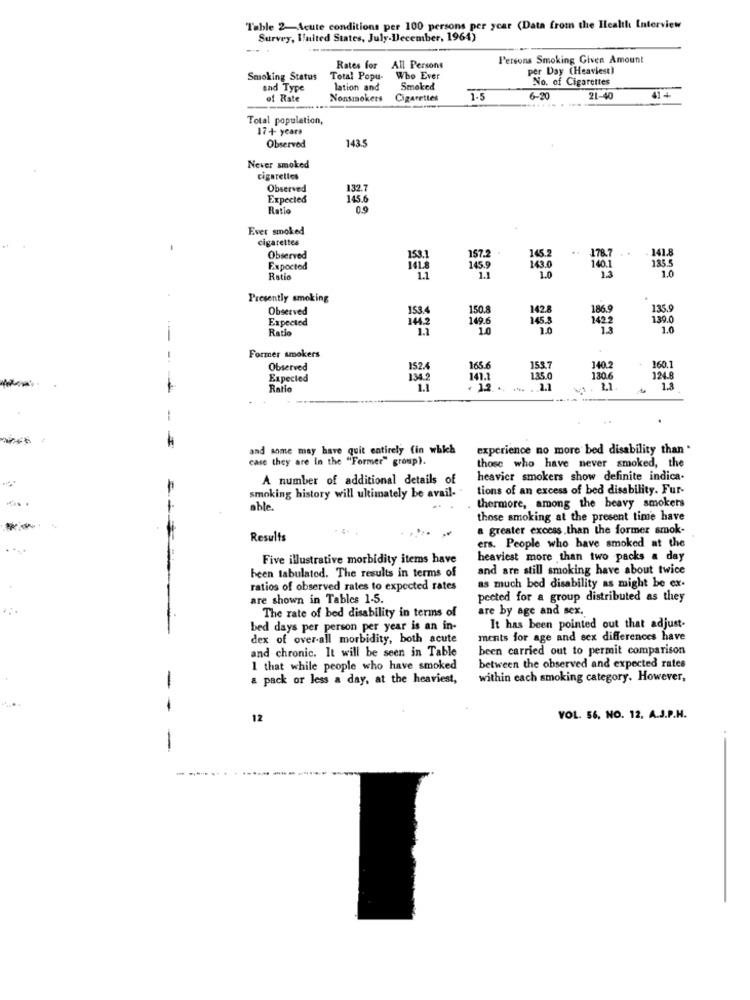
Table 2-Acute conditions per 100 persons per ycar (Data from the Health Interview
Survey, Waited States, July.December, 1964)
Persons Smoking Given Amount
Rates for
All Persons
per Day (Heaviest)
Smoking Status
Total Popu-
Who Ever
No. of Cigarettes
and Type
lation and
Smoked
of Rate
Nonsmokers
Cigarettes
1.5
6-20
21-40
Total population,
17+ years
143.5
Observed
Never smoked
cigarettes
Observed
132.7
Expected
145.6
Ratio
0.9
Ever smoked
cigarettes
- 141.8
Observed
153.
157.2
145.2
135.5
Expected
143.0
1.0
140.
1.0
Ratio
Presently smoking
Observed
153.4
150.
142.
186.
135.9
Expected
149.6
145.8
142
139.0
Ratio
1.0
1.0
Former smokers
-
Observed
152.
165
153.7
140.2
160.1
Expected
135.0
130.6
124.8
Ratio
2.1
22
1.3
--
and some may have quit entirely (in which
experience no more bed disability than "
case they are In the "Former" group).
those who have never smoked, the
A number of additional details of
heavier smokers show definite indica.
tions of an excess of bed disability. Fur-
smoking history will ultimately be avail-
able.
thermore, among the heavy smokers
those smoking at the present time have
a greater excess.than the former smok-
Results
ers. People who have smoked at the
Five illustrative morbidity items have
heaviest more than two packs a day
and are still smoking have about twice
been tabulated. The results in terms of
ratios of observed rates to expected rates
as much bed disability as might be ex-
are shown in Tables 1-5.
pected for a group distributed as they
are by age and sex.
The rate of bed disability in terms of
bed days per person per year is an in-
It has been pointed out that adjust-
dex of over-all morbidity, both acute
ments for age and sex differences have
been carried out to permit comparison
and chronic. It will be seen in Table
1 that while people who have smoked
between the observed and expected rates
a pack or less a day, at the heaviest,
within each smoking category. However,
-
12
VOL. 56, NO. 12. A.J.P.H.
-